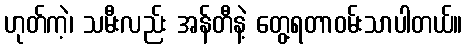
ဟုတ်ကဲ့၊ သမီးလည်း အန်တီနဲ့ တွေ့ရတာဝမ်းသာပါတယ်။